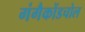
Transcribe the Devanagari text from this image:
गंगैकोंडचोल